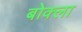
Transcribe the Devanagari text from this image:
बोक्ला